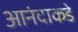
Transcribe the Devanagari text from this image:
आनंदाकडे